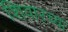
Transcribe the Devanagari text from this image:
शिवारच्या